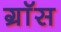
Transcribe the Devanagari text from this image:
ग्राॅस